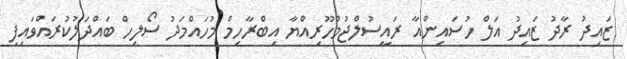
ޒައިދު ރާދު ޒައިދު އަލް ހުސައިންއާ ރައީސުލްޖުމްހޫރިއްޔާ އިބްރާހިމް މުހައްމަދު ސޯލިހް ބައްދަލުކުރައްވައިފި